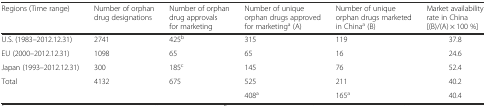
<table><thead><tr><td><b>Regions (Time range)</b></td><td><b>Number of orphan drug designations</b></td><td><b>Number of orphan drug approvals for marketing</b></td><td><b>Number of unique orphan drugs approved for marketing<sup>a</sup> (A)</b></td><td><b>Number of unique orphan drugs marketed in China<sup>a</sup> (B)</b></td><td><b>Market availability rate in China [(B)/(A) × 100 %]</b></td></tr></thead><tbody><tr><td>U.S. (1983–2012.12.31)</td><td>2741</td><td>425<sup>b</sup></td><td>315</td><td>119</td><td>37.8</td></tr><tr><td>EU (2000–2012.12.31)</td><td>1098</td><td>65</td><td>65</td><td>16</td><td>24.6</td></tr><tr><td>Japan (1993–2012.12.31)</td><td>300</td><td>185<sup>c</sup></td><td>145</td><td>76</td><td>52.4</td></tr><tr><td rowspan="2">Total</td><td rowspan="2">4132</td><td rowspan="2">675</td><td>525</td><td>211</td><td>40.2</td></tr><tr><td>408<sup>a</sup></td><td>165<sup>a</sup></td><td>40.4</td></tr></tbody></table>